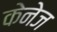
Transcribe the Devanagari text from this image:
केनेज